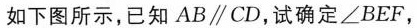
如下图所示，已知AB\parallel CD，试确定∠BEF，